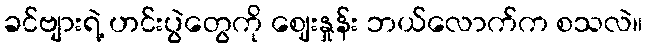
ခင်ဗျားရဲ့ ဟင်းပွဲတွေကို ဈေးနှုန်း ဘယ်လောက်က စသလဲ။